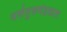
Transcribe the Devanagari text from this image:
धर्मगुरूमंडळात